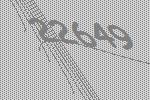
22649